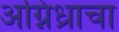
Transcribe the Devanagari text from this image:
अग्निध्राचा